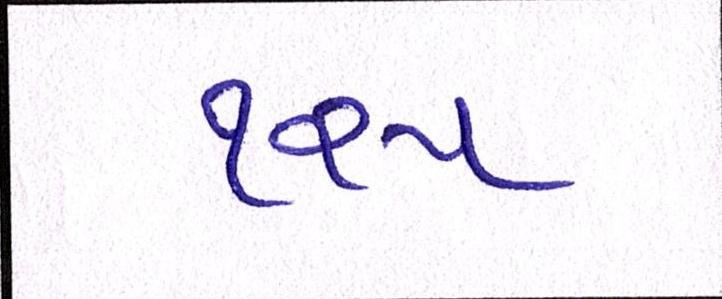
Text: ૧૨૫